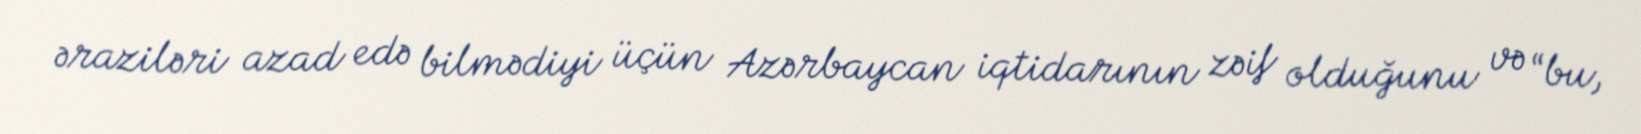
əraziləri azad edə bilmədiyi üçün Azərbaycan iqtidarının zəif olduğunu və “bu,